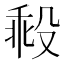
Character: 𣪜